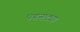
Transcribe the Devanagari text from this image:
पथनाट्या